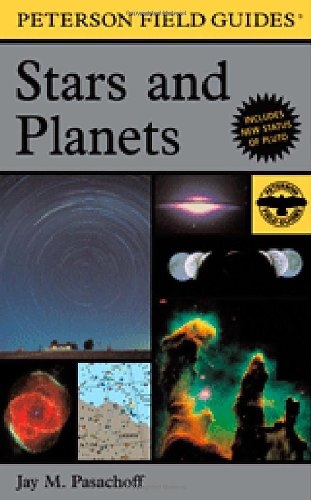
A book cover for A Field Guide to Stars and Planets (Peterson Field Guides); Jay M. Pasachoff Professor of Astronomy; Science & Math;